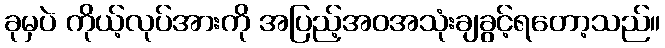
ခုမှပဲ ကိုယ့်လုပ်အားကို အပြည့်အဝအသုံးချခွင့်ရတော့သည်။